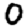
Digit: 0